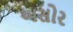
અસોર